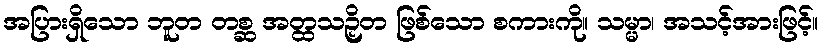
အပြားရှိသော ဘူတ တစ္ဆ အတ္ထသဉှိတ ဖြစ်သော စကားကို။ သမ္မာ၊ အသင့်အားဖြင့်။